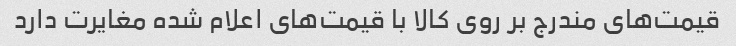
قیمت‌های مندرج بر روی کالا با قیمت‌های اعلام شده مغایرت دارد